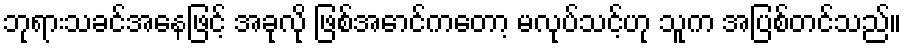
ဘုရားသခင်အနေဖြင့် အခုလို ဖြစ်အောင်ကတော့ မလုပ်သင့်ဟု သူက အပြစ်တင်သည်။